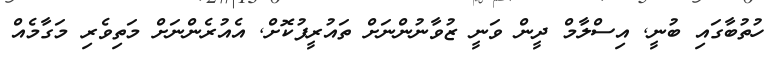
ހުތުބާގައި ބުނީ